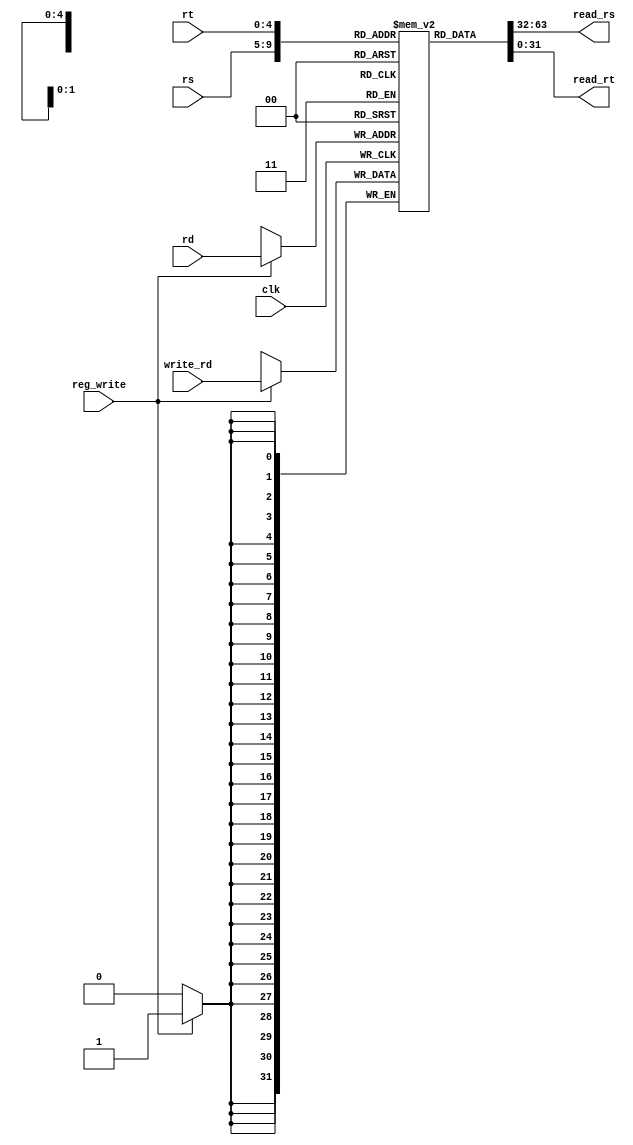
`timescale 1ns / 1ps

module RegisterFile(
    input [4:0] rs,
    input [4:0] rt,
    input [4:0] rd,
    input [31:0] write_rd,
    output [31:0] read_rs,
    output [31:0] read_rt,
    input reg_write,
    input clk
    );
    
    reg [31:0] registers [0:31];
    
    // Initialize registers
    
    assign read_rs = registers[rs];
    assign read_rt = registers[rt];

    always @ (posedge clk)
        if(reg_write)
            registers[rd] = write_rd;
    
endmodule